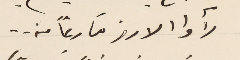
رأوا الارز فارغاً منه . .